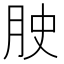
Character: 𭨮